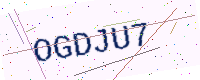
Text: OGDJU7